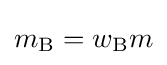
m_{\rm {B}}=w_{\rm {B}}m